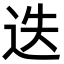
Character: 迭